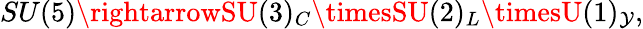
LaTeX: SU(5)\rightarrowSU(3)_{C}\timesSU(2)_{L}\timesU(1)_{\mathcal{Y}},